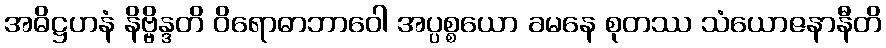
အဓိဋ္ဌဟနံ နိဗ္ဗိန္ဒတိ ဝိရောဓာဘာဝေါ အပ္ပစ္စယော ခမနေ စုတဿ သံယောဇနာနီတိ